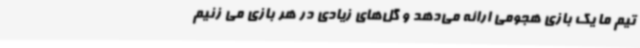
تیم ما یک بازی هجومی ارائه می‌دهد و گل‌های زیادی در هر بازی می زنیم